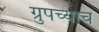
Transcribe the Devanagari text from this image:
ग्रुपच्याच